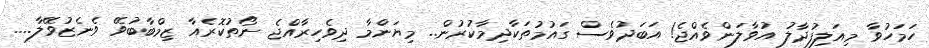
ހަމަހުވާ މިއަލިފުދާލު އުވާލަންވެއްޖެ! އަބަދުވެސް ގައުމުތަކާދިމާކުރުން.. މިޔަންމާ ދިވެހިރާއްޖެ ނޯތުކޮރެއާ ޒިމްބާބުވޭ ވެނެޒުވޭލާ....